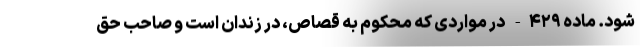
شود. ماده ۴۲۹- در مواردی که محکوم به قصاص، در زندان است و صاحب حق